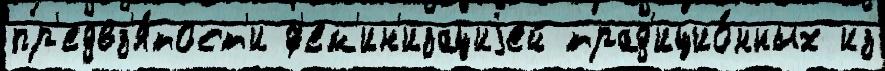
пр'едвз'я́тост'и ф'ем'ин'изациjей трад'ицио́нных из